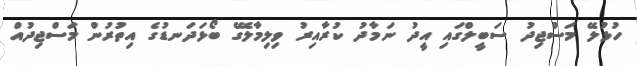
ހުޅުލޭ މަސްޖިދު ސަބީލްގައި އީދު ނަމާދު ކުރާއިރު ވިލިމާލޭގެ ބޯޅަދަނޑުގެ އިތުރުން މަސްޖިދުއް